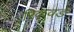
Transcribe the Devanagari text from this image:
रिकवर्ड